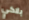
بلاكي